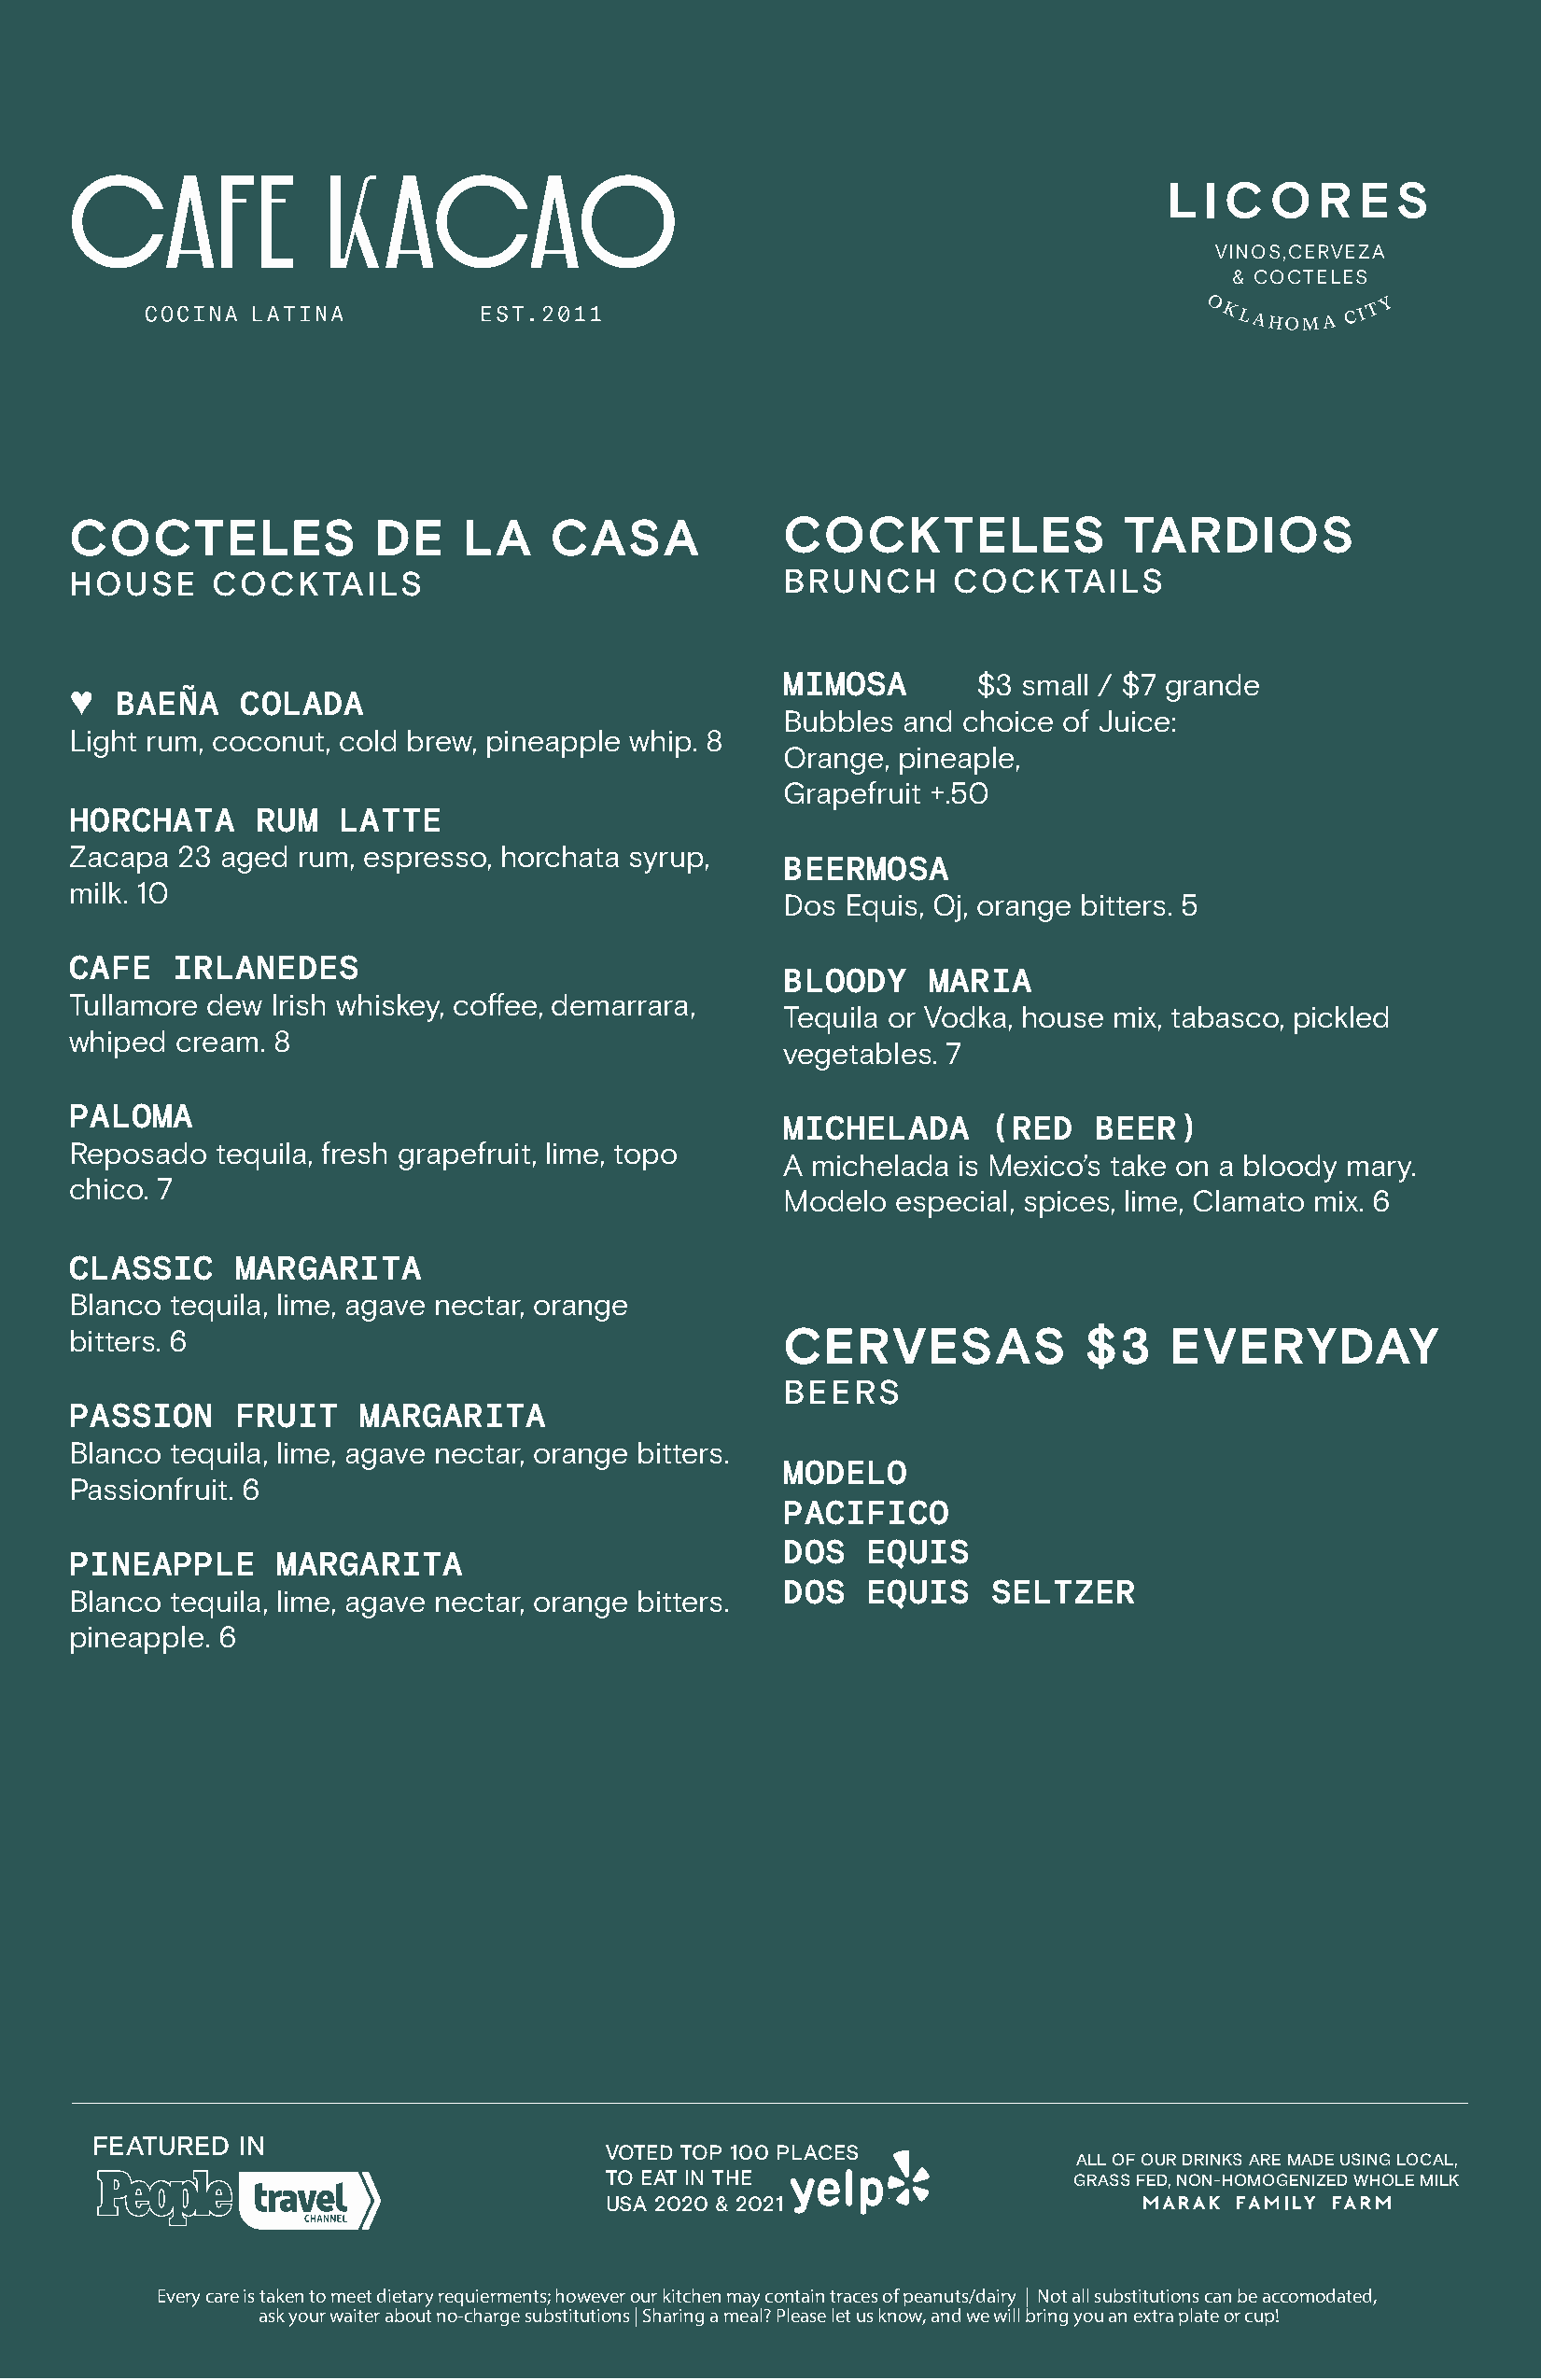
L I C  O  R  E  S
 VINOS,CERVEZA
 & COCTELES
 O KLAHOMA C I T Y
 COCTELES              DE    LA    CASA             COCKTELES               TARDIOS
 HOUSE     COCKTAILS                                BRUNCH      COCKTAILS
 MIMOSA       $3 small / $7 grande
 BAEÑA    COLADA
 ♥
 Bubbles and choice of Juice:
 Light rum, coconut, cold brew, pineapple whip. 8
 Orange, pineaple,
 Grapefruit +.50
 HORCHATA     RUM   LATTE
 Zacapa  23 aged rum, espresso, horchata syrup,
 BEERMOSA
 milk. 10
 Dos Equis, Oj, orange bitters. 5
 CAFE   IRLANEDES
 BLOODY    MARIA
 Tullamore dew Irish whiskey, coffee, demarrara,
 Tequila or Vodka, house mix, tabasco, pickled
 whiped cream. 8
 vegetables. 7
 PALOMA
 MICHELADA     (RED    BEER)
 Reposado  tequila, fresh grapefruit, lime, topo
 A michelada is Mexico’s take on a bloody mary.
 chico. 7
 Modelo  especial, spices, lime, Clamato mix. 6
 CLASSIC     MARGARITA
 Blanco tequila, lime, agave nectar, orange
 bitters. 6                                         CERVESAS             $3    EVERYDAY
 BEERS
 PASSION     FRUIT   MARGARITA
 Blanco tequila, lime, agave nectar, orange bitters.
 MODELO
 Passionfruit. 6
 PACIFICO
 DOS  EQUIS
 PINEAPPLE      MARGARITA
 DOS  EQUIS    SELTZER
 Blanco tequila, lime, agave nectar, orange bitters.
 pineapple. 6
 FEATURED  IN
 VOTED TOP 100 PLACES
 ALL OF OUR DRINKS ARE MADE USING LOCAL,
 TO EAT IN THE                    GRASS FED, NON-HOMOGENIZED WHOLE MILK
 USA 2020 & 2021
 Every care is taken to meet dietary requierments; however our kitchen may contain traces of peanuts/dairy | Not all substitutions can be accomodated,
 ask your waiter about no-charge substitutions | Sharing a meal? Please let us know, and we will bring you an extra plate or cup!